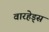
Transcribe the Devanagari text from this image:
वारहेड्स